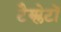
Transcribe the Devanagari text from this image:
टैम्प्लेटों